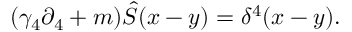
( \gamma _ { 4 } \partial _ { 4 } + m ) \hat { S } ( x - y ) = \delta ^ { 4 } ( x - y ) .